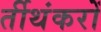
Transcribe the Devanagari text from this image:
र्तीथंकरों